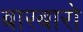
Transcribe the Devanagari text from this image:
बारबारो